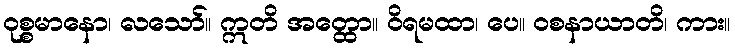
ဝုစ္စမာနော၊ လသော်။ ဣတိ အတ္ထော။ ဝိရမထာ၊ ပေ။ ဝစနာယာတိ၊ ကား။